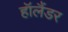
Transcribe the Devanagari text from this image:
हॉलैंडर